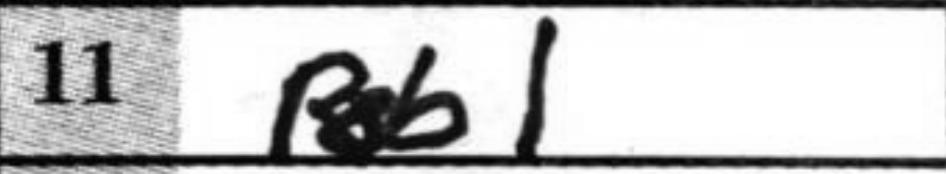
Transcription: Rb1